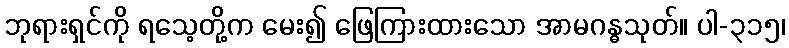
ဘုရားရှင်ကို ရသေ့တို့က မေး၍ ဖြေကြားထားသော အာမဂန္ဓသုတ်။ ပါ-၃၁၅၊